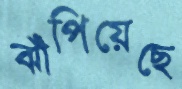
ঝাঁপিয়েছে